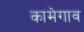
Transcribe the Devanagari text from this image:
कामेगाव